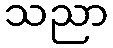
သညာ